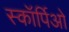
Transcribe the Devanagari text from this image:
स्कॉर्पिओ